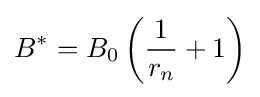
B^{*}=B_{0}\left({\frac {1}{r_{n}}}+1\right)